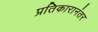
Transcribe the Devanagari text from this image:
प्रतिकारानंतर